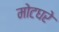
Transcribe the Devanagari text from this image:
मोटघरे